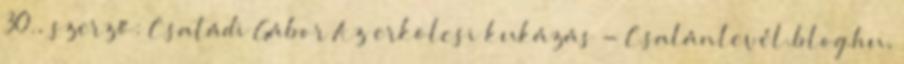
30., szerző: Csatádi Gábor Az erkölcsi kukázás - Csalánlevél.blog.hu,